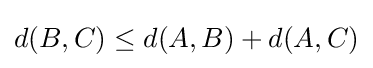
d(B,C)\leq d(A,B)+d(A,C)